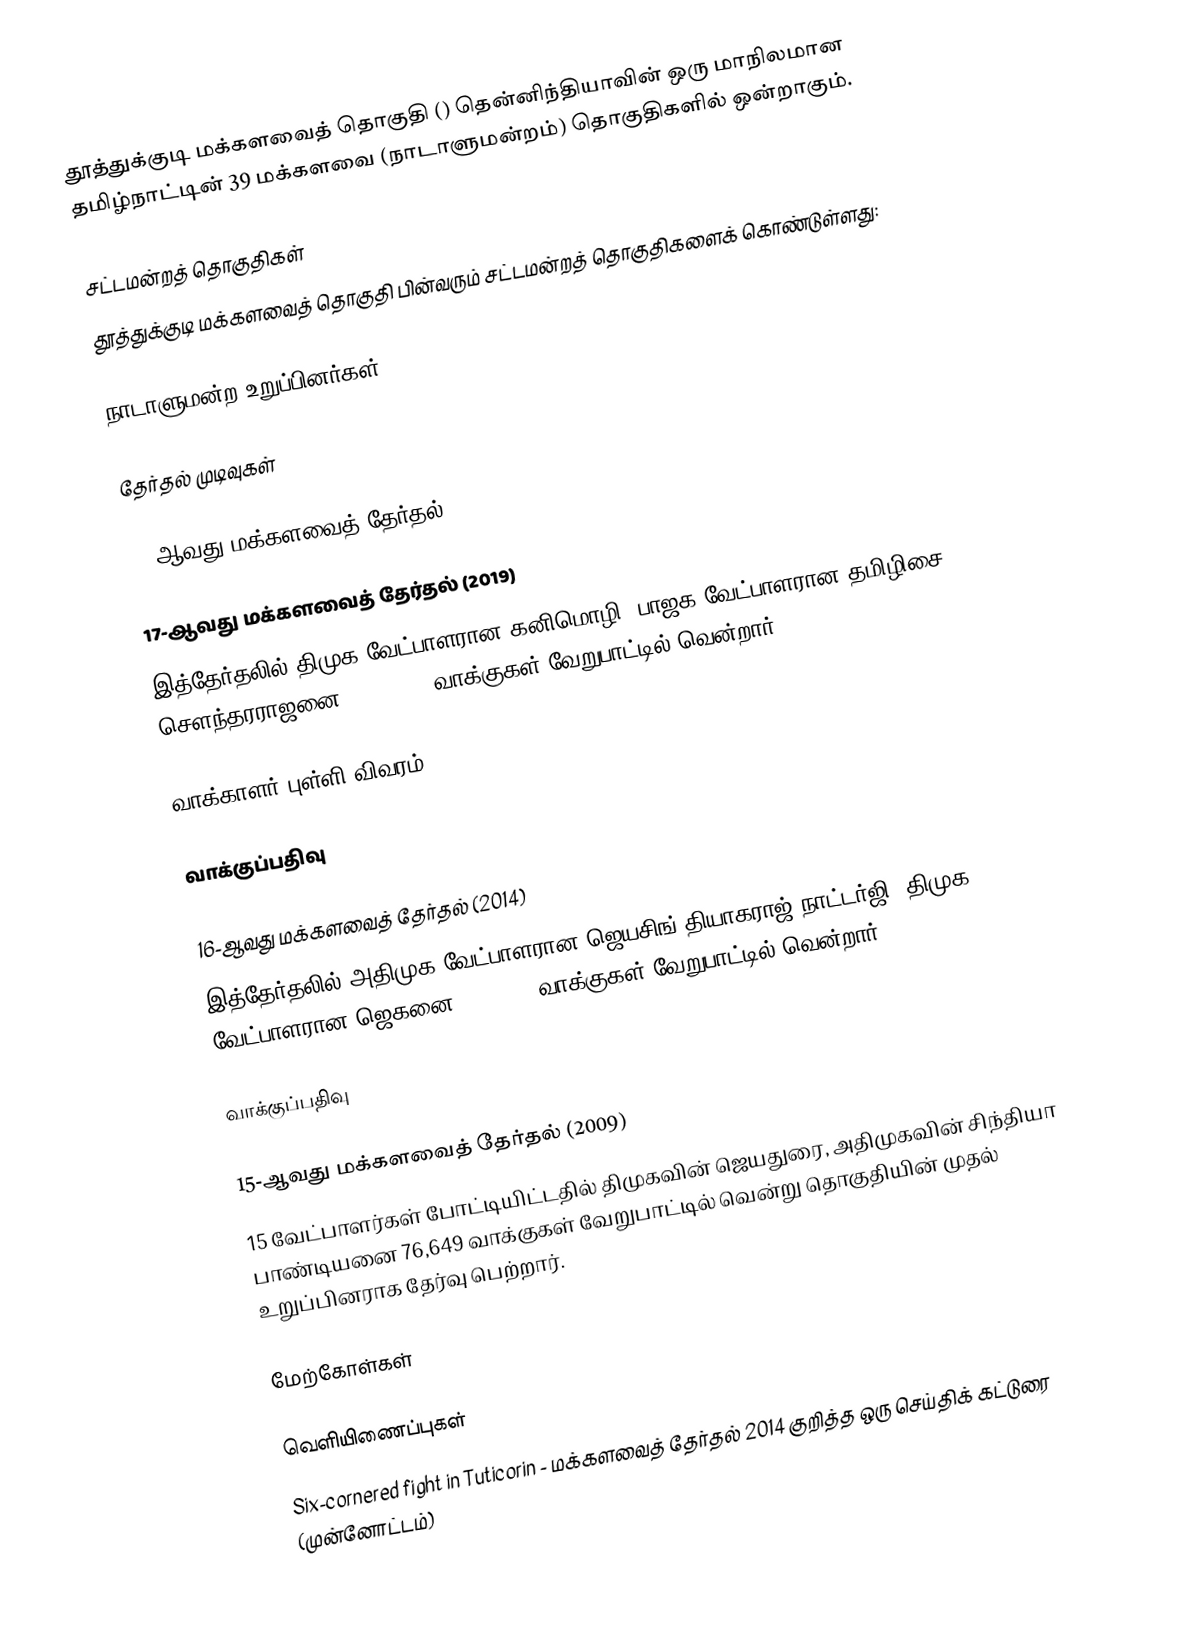
தூத்துக்குடி மக்களவைத் தொகுதி () தென்னிந்தியாவின் ஒரு மாநிலமான தமிழ்நாட்டின் 39 மக்களவை (நாடாளுமன்றம்) தொகுதிகளில் ஒன்றாகும்.

சட்டமன்றத் தொகுதிகள்
தூத்துக்குடி மக்களவைத் தொகுதி பின்வரும் சட்டமன்றத் தொகுதிகளைக் கொண்டுள்ளது:

நாடாளுமன்ற உறுப்பினர்கள்

தேர்தல் முடிவுகள்

18-ஆவது மக்களவைத் தேர்தல் (2024)

17-ஆவது மக்களவைத் தேர்தல் (2019)
இத்தேர்தலில் திமுக வேட்பாளரான கனிமொழி, பாஜக வேட்பாளரான தமிழிசை சௌந்தரராஜனை, 3,47,209 வாக்குகள் வேறுபாட்டில் வென்றார்.

வாக்காளர் புள்ளி விவரம்

வாக்குப்பதிவு

16-ஆவது மக்களவைத் தேர்தல் (2014)
இத்தேர்தலில் அதிமுக வேட்பாளரான ஜெயசிங் தியாகராஜ் நாட்டர்ஜி, திமுக வேட்பாளரான ஜெகனை 1,24,002 வாக்குகள் வேறுபாட்டில் வென்றார்.

வாக்குப்பதிவு

15-ஆவது மக்களவைத் தேர்தல் (2009)
15 வேட்பாளர்கள் போட்டியிட்டதில் திமுகவின் ஜெயதுரை, அதிமுகவின் சிந்தியா பாண்டியனை 76,649 வாக்குகள் வேறுபாட்டில் வென்று தொகுதியின் முதல் உறுப்பினராக தேர்வு பெற்றார்.

மேற்கோள்கள்

வெளியிணைப்புகள்
 Six-cornered fight in Tuticorin - மக்களவைத் தேர்தல் 2014 குறித்த ஒரு செய்திக் கட்டுரை (முன்னோட்டம்)